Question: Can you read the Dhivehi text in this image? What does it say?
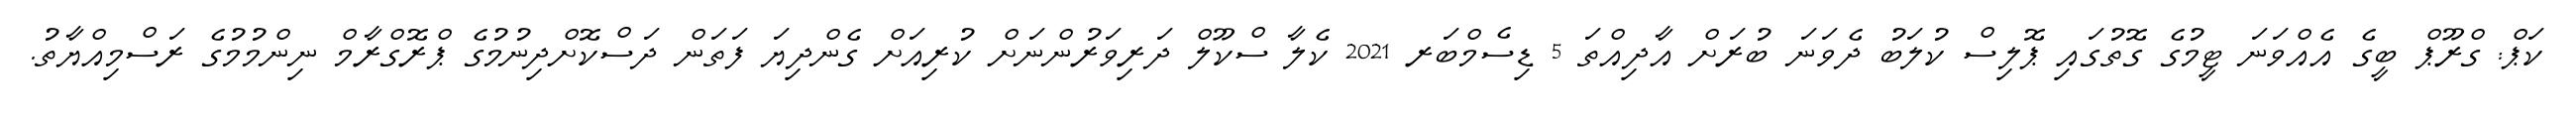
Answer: ކަޕް: ގްރޫޕް ބީގެ އެއްވަނަ ޓީމުގެ ގޮތުގައި ޕޮލިސް ކުލަބު ދެވަނަ ބުރަށް އާދިއްތަ 5 ޑިސެމްބަރ 2021 ކެލާ ސްކޫލް ދަރިވަރުންނަށް ކުރިއަށް ގެންދިޔަ ފަތަން ދަސްކޮށްދިނުމުގެ ޕްރޮގްރާމް ނިންމުމުގެ ރަސްމިއްޔާތު.